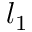
l _ { 1 }